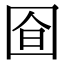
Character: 𭍞